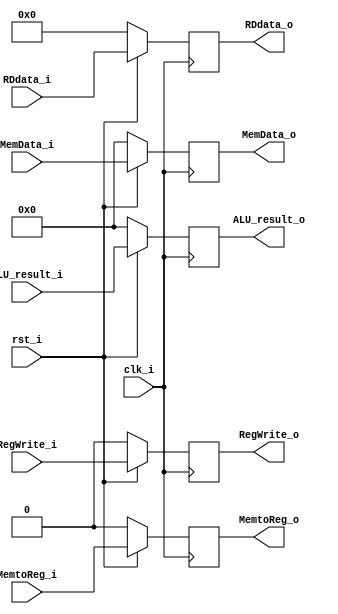
`timescale 1ns / 1ps
//////////////////////////////////////////////////////////////////////////////////
// Company: 
// Engineer: 
// 
// Design Name: 
// Module Name:    MEMWB 
// Project Name: 
// Target Devices: 
// Tool versions: 
// Description: 
//
// Dependencies: 
//
// Revision: 
// Revision 0.01 - File Created
// Additional Comments: 
//
//////////////////////////////////////////////////////////////////////////////////
module MEMWB(
	input clk_i,
	input rst_i,
	input RegWrite_i,
	input [31:0] MemData_i,
	input [31:0] ALU_result_i,
	input [4:0] RDdata_i,
	input MemtoReg_i,
	output reg RegWrite_o,
	output reg MemtoReg_o,
	output reg [31:0] MemData_o,
	output reg [31:0] ALU_result_o,
	output reg [4:0] RDdata_o
    );
always@(posedge clk_i)begin
	if (rst_i) begin
		RegWrite_o=RegWrite_i;
		MemtoReg_o=MemtoReg_i;
		MemData_o=MemData_i;
		ALU_result_o=ALU_result_i;
		RDdata_o=RDdata_i;
	end
	else begin
		RegWrite_o=0;
		MemtoReg_o=0;
		MemData_o=0;
		ALU_result_o=0;
		RDdata_o=0;
	end
end

endmodule